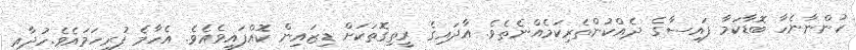
ހުންނާނެހާ ބޮޑާކަމާ ފައިސާގެ ދެއްކުންތެރިކަމެެއްނެތެވެ. އާދައިގެ ރީތިގޮތަކަށް ޑިޒައިން ކޮއްފައިވެއެވެ. އެހާމެ ފުރިހަމައެވެ.ހުދާއި